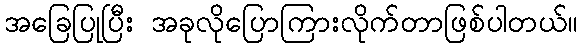
အခြေပြုပြီး အခုလိုပြောကြားလိုက်တာဖြစ်ပါတယ်။